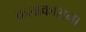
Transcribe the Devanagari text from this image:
कलाकाराना